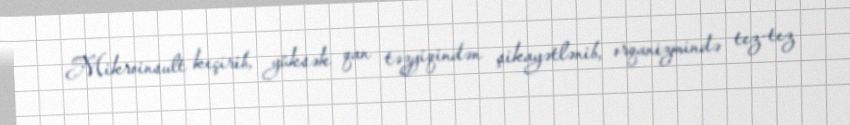
Mikroinsult keçirib, yüksək qan təzyiqindən şikayətlənib, orqanizmində tez-tez